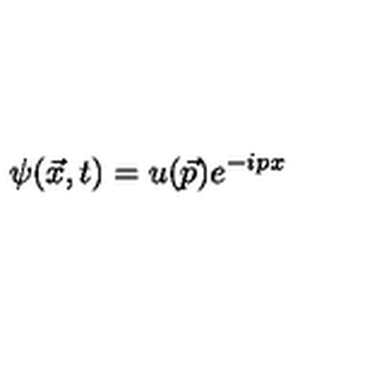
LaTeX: \psi ( \vec { x } , t ) = u ( \vec { p } ) e ^ { - i p x }